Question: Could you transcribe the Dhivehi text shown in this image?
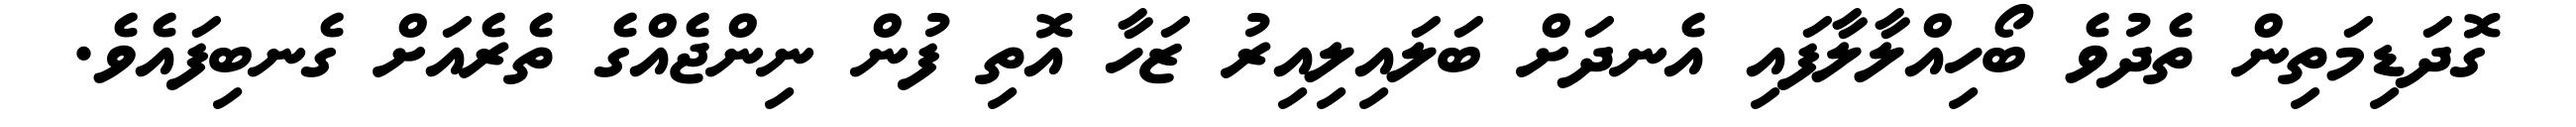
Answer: ގޮދަޑިމަތިން ތެދުވެ ބޯހިއްލާލާފައި އެނދަށް ބަލައިލިއިރު ޒަހާ އޮތި ފުން ނިންޖެއްގެ ތެރެއަށް ގެނބިފައެވެ.